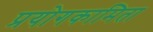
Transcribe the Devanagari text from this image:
प्रयोगकामिता